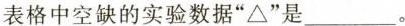
表格中空缺的实验数据”\triangle ”是___。